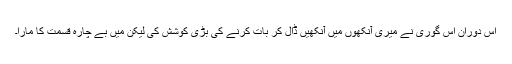
اس دوران اس گوری نے میری آنکھوں میں آنکھیں ڈال کر بات کرنے کی بڑی کوشش کی لیکن میں بے چارہ قسمت کا مارا۔